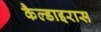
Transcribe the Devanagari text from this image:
कैल्डाइरास